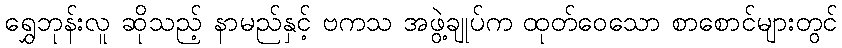
ရွှေဘုန်းလူ ဆိုသည့် နာမည်နှင့် ဗကသ အဖွဲ့ချုပ်က ထုတ်ဝေသော စာစောင်များတွင်